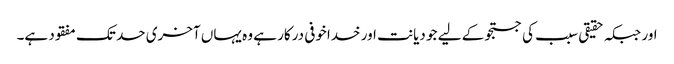
اور جبکہ حقیقی سبب کی جستجو کے لیے جو دیانت اور خداخوفی درکار ہے وہ یہاں آخری حد تک مفقود ہے۔